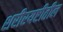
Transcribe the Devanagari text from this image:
शरीरयष्टीतील